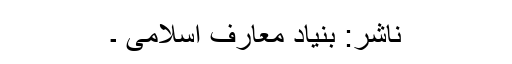
ناشر: بنیاد معارف اسلامی ۔